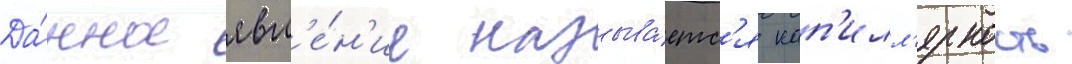
Да́нное явл'е́н'ие называ́етс'я кап'илл'ярность